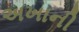
અખાની